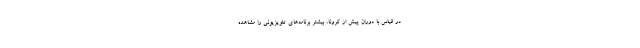
در قیاس با دوران پیش از کرونا، بیشتر برنامه‌های تلویزیونی را مشاهده